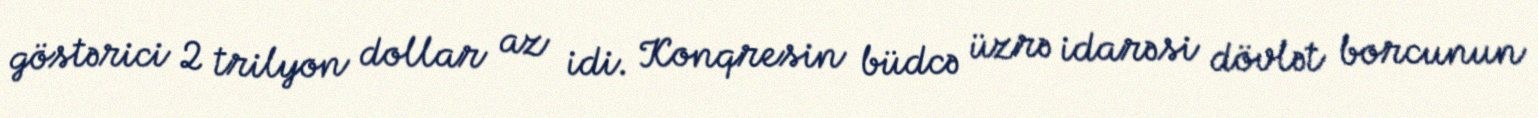
göstərici 2 trilyon dollar az idi. Konqresin büdcə üzrə idarəsi dövlət borcunun